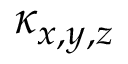
\kappa _ { x , y , z }